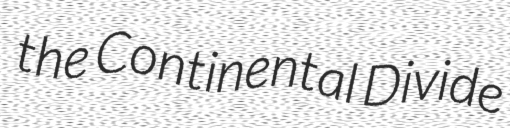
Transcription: the Continental Divide